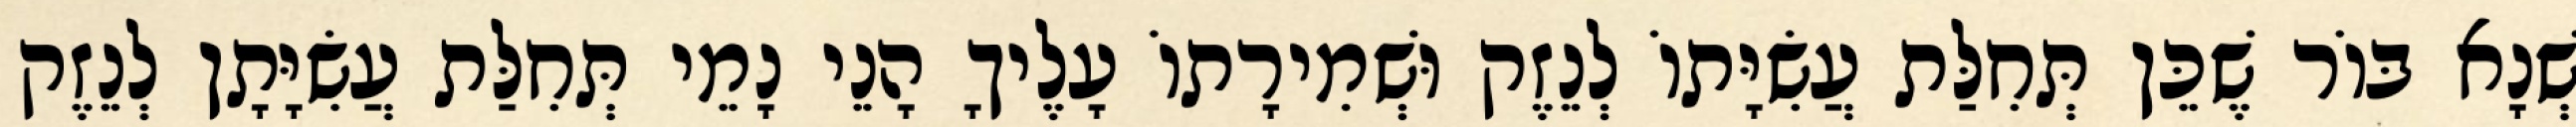
שְׁנָא בּוֹר שֶׁכֵּן תְּחִלַּת עֲשִׂיָּתוֹ לְנֵזֶק וּשְׁמִירָתוֹ עָלֶיךָ הָנֵי נָמֵי תְּחִלַּת עֲשִׂיָּתָן לְנֵזֶק